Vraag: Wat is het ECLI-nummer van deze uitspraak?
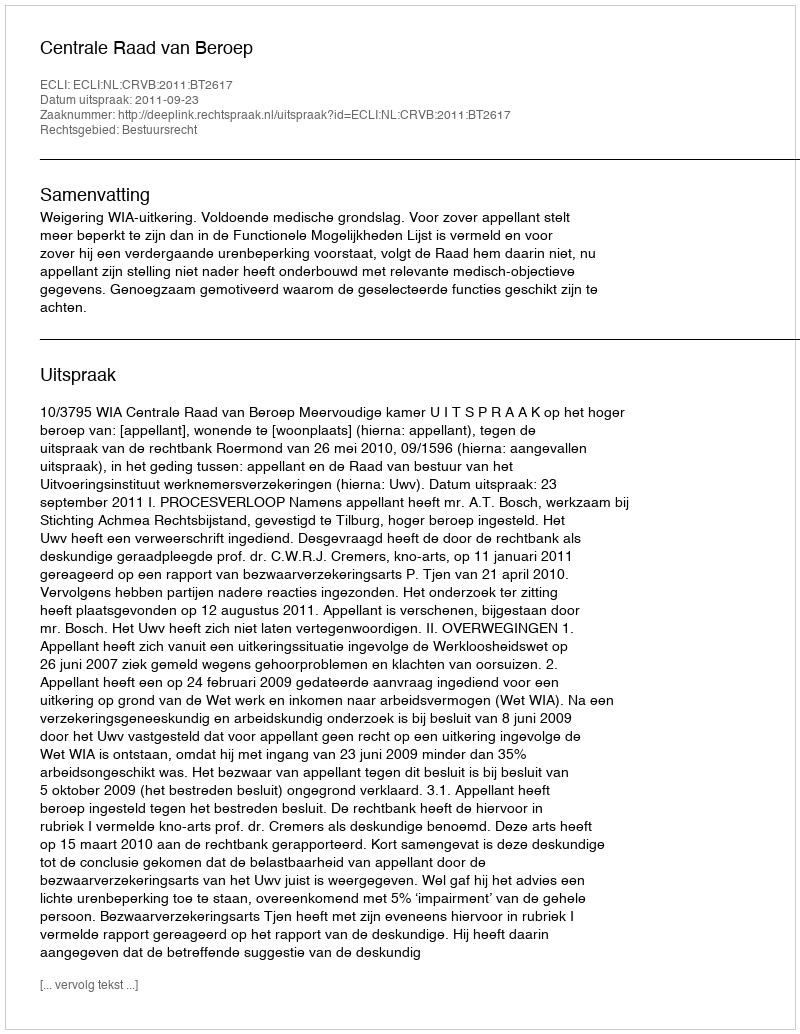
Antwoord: ECLI:NL:CRVB:2011:BT2617